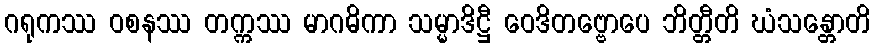
ဂရုကဿ ဝစနဿ တက္ကဿ မာဂဓိကာ သမ္မာဒိဋ္ဌီ ဝေဒိတဗ္ဗောပေ ဘိတ္တီတိ ဃံသန္တောတိ